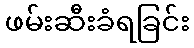
ဖမ်းဆီးခံရခြင်း